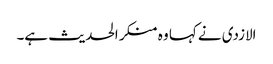
الازدی نے کہا وہ منکر الحدیث ہے۔